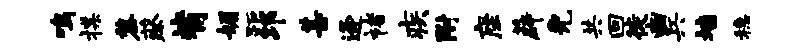
鸣揲黎蔡觜媚距邛甚逄褚疾附座薜免共回徙豳兵墙稳